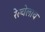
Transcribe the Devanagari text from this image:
रेल्वेलाच